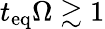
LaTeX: t_{\mathrm{eq}}\Omega\gtrsim 1